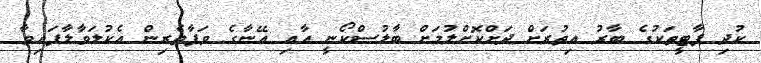
ކުދި ޕާޓީތަކުގެ ބާރު އިތުރަށް ދަށްކޮށްލުމަށް ބާލުސްކޯނީ އާއި އޭނާގެ ވަފާތެރިން އެކުލަވާލާފައިވާ